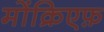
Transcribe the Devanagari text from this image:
मोंक्रिएफ़